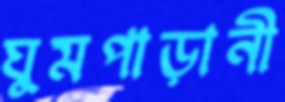
ঘুমপাড়ানী